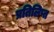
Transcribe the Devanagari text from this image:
प्रतिलिप्त